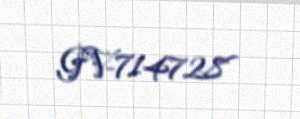
GV-714728